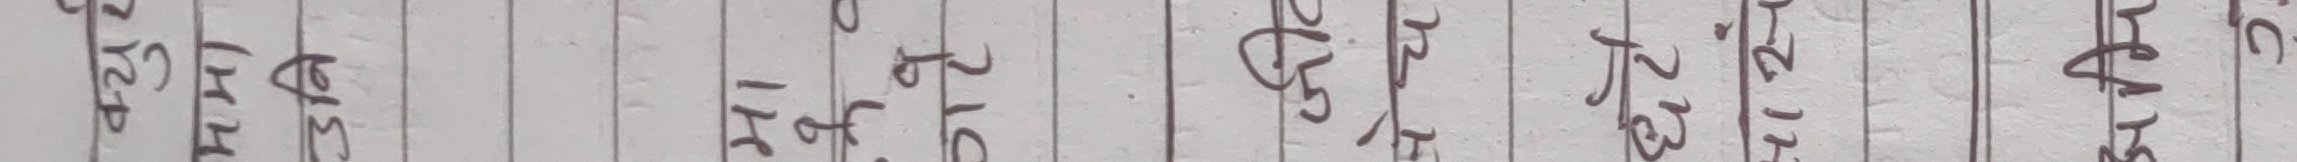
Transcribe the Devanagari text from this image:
चेअर
४२। ११
१२। १३
१८। ५
२७। १६
३१। १८